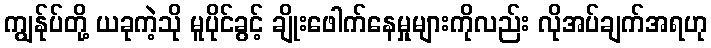
ကျွန်ုပ်တို့ ယခုကဲ့သို မူပိုင်ခွင့် ချိုးဖေါက်နေမှုများကိုလည်း လိုအပ်ချက်အရဟု